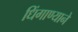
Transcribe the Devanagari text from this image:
धिंगाण्याने